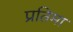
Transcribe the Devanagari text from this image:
प्रतिमा